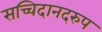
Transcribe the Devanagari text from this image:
सच्चिदानदरुप